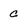
Character: c